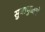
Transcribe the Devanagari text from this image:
सुबाभुळाचे